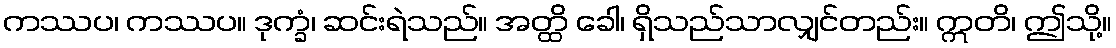
ကဿပ၊ ကဿပ။ ဒုက္ခံ၊ ဆင်းရဲသည်။ အတ္ထိ ခေါ၊ ရှိသည်သာလျှင်တည်း။ ဣတိ၊ ဤသို့။